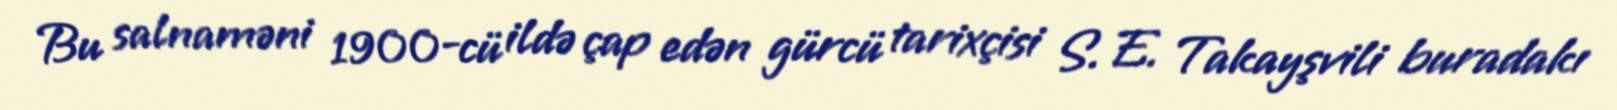
Bu salnaməni 1900-cü ildə çap edən gürcü tarixçisi S. E. Takayşvili buradakı